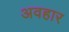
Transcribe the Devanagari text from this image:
अवहार